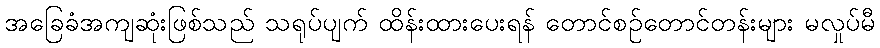
အခြေခံအကျဆုံးဖြစ်သည် သရုပ်ပျက် ထိန်းထားပေးရန် တောင်စဉ်တောင်တန်းများ မလှုပ်မီ